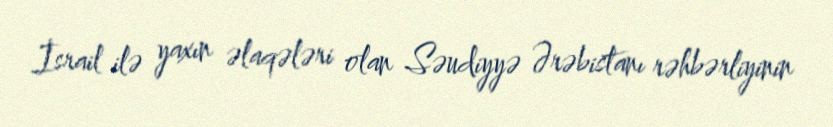
İsrail ilə yaxın əlaqələri olan Səudiyyə Ərəbistanı rəhbərliyinin